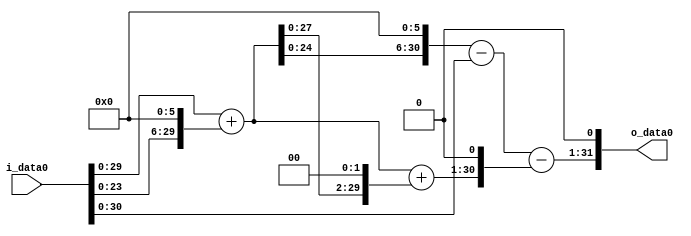
module multiplier_block (
    i_data0,
    o_data0
);

  // Port mode declarations:
  input   [31:0] i_data0;
  output  [31:0]
    o_data0;

  //Multipliers:

  wire [31:0]
    w1,
    w64,
    w65,
    w4160,
    w4159,
    w260,
    w325,
    w650,
    w3509,
    w7018;

  assign w1 = i_data0;
  assign w260 = w65 << 2;
  assign w325 = w65 + w260;
  assign w3509 = w4159 - w650;
  assign w4159 = w4160 - w1;
  assign w4160 = w65 << 6;
  assign w64 = w1 << 6;
  assign w65 = w1 + w64;
  assign w650 = w325 << 1;
  assign w7018 = w3509 << 1;

  assign o_data0 = w7018;

  //multiplier_block area estimate = 7540.94876141177;
endmodule